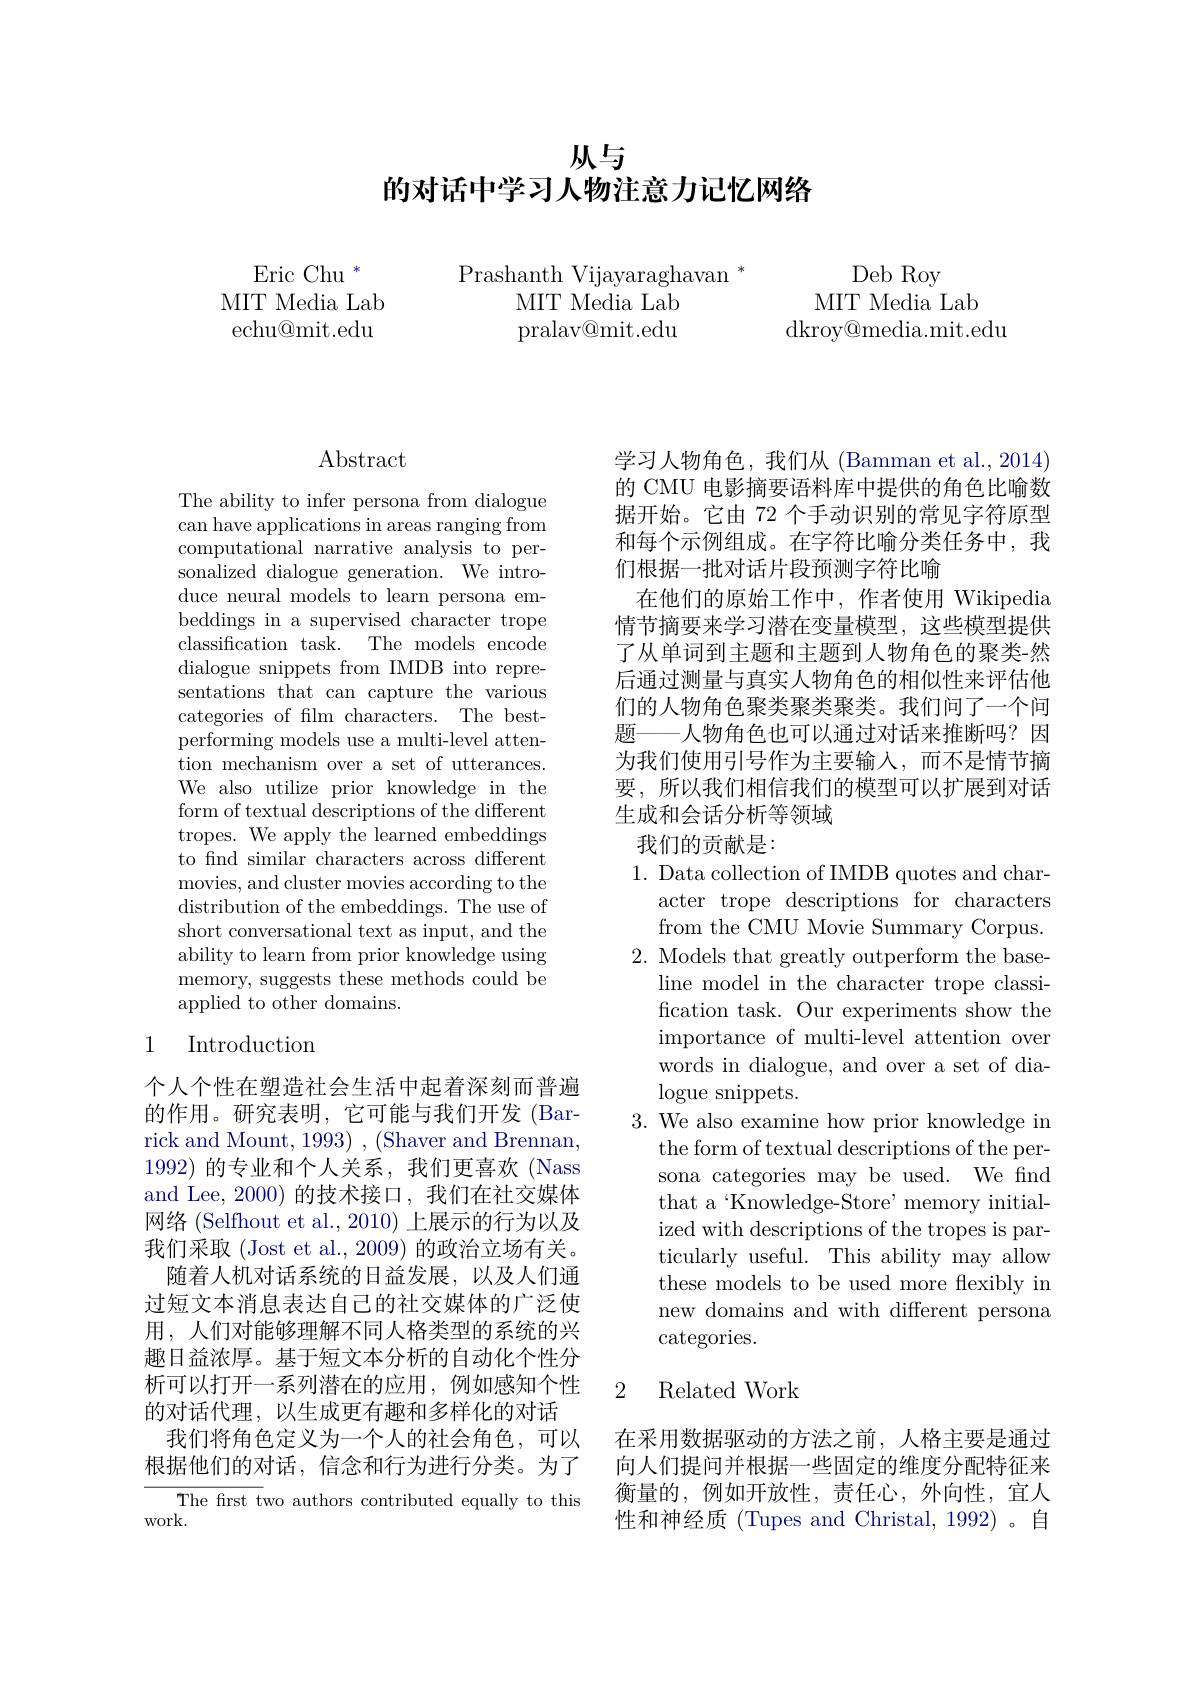
# 从与
的对话中学习人物注意力记忆网络

$\mathrm{Eric~Chu~}^*$ MIT Media Lab echu@mit.edu

Prashanth Vijayaraghavan $^*$
MIT Media Lab pralav@mit.edu

Deb Roy
MIT Media Lab
${\mathrm{dkroy@media.mit.edu}}$

Abstract

The ability to infer persona from dialogue can have applications in areas ranging from computational narrative analysis to personalized dialogue generation. We introduce neural models to learn persona embeddings in a supervised character trope classification task. The models encode dialogue snippets from IMDB into representations that can capture the various categories of film characters. The bestperforming models use a multi-level attention mechanism over a set of utterances. We also utilize prior knowledge in the form of textual descriptions of the different tropes. We apply the learned embeddings to find similar characters across different movies, and cluster movies according to the distribution of the embeddings. The use of short conversational text as input, and the ability to learn from prior knowledge using memory, suggests these methods could be applied to other domains.

### 1 Introduction

个人个性在塑造社会生活中起着深刻而普遍的作用。研究表明，它可能与我们开发(Barrick and Mount, 1993) , (Shaver and Brennan, 1992)的专业和个人关系，我们更喜欢(Nass and Lee, 2000) 的技术接口，我们在社交媒体网络 (Selfhout et al.,2010) 上展示的行为以及我们采取 (Jost et al., 2009) 的政治立场有关。
随着人机对话系统的日益发展，以及人们通过短文本消息表达自己的社交媒体的广泛使用，人们对能够理解不同人格类型的系统的兴趣日益浓厚。基于短文本分析的自动化个性分析可以打开一系列潜在的应用，例如感知个性的对话代理，以生成更有趣和多样化的对话
我们将角色定义为一个人的社会角色，可以根据他们的对话，信念和行为进行分类。为了
The frst two authors contributed equally to this

work.

学习人物角色，我们从(Bamman et al., 2014) 的 CMU 电影摘要语料库中提供的角色比喻数据开始。它由 72 个手动识别的常见字符原型和每个示例组成。在字符比喻分类任务中，我们根据一批对话片段预测字符比喻
在他们的原始工作中，作者使用 Wikipedia 情节摘要来学习潜在变量模型，这些模型提供了从单词到主题和主题到人物角色的聚类-然后通过测量与真实人物角色的相似性来评估他们的人物角色聚类聚类聚类。我们问了一个间题———人物角色也可以通过对话来推断吗？因为我们使用引号作为主要输入，而不是情节摘要，所以我们相信我们的模型可以扩展到对话生成和会话分析等领域
我们的贡献是：

1. Data collection of IMDB quotes and char-

acter trope descriptions for characters from the CMU Movie Summary Corpus.
2. Models that greatly outperform the base-
line model in the character trope classification task. Our experiments show the importance of multi-level attention over words in dialogue, and over a set of dialogue snippets.
3. We also examine how prior knowledge in
the form of textual descriptions of the persona categories may be used. We find that a‘Knowledge-Store’memory initialized with descriptions of the tropes is particularly useful. This ability may allow these models to be used more flexibly in new domains and with different persona categories.

## 2 Related Work

在采用数据驱动的方法之前，人格主要是通过向人们提问并根据一些固定的维度分配特征来衡量的，例如开放性，责任心，外向性，宜人性和神经质 (Tupes and Christal, 1992)。自